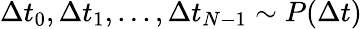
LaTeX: \Delta t_{0},\Delta t_{1},...,\Delta t_{N-1}\sim P(\Delta t)